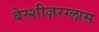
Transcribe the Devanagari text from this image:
बेस्शीज़रग्लास